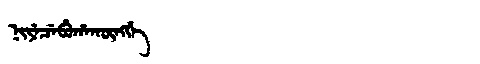
Manchu: ᠨᡳᠶᡝᠴᡝᠪᡠᡥᠠᡴᡡᠩᡤᡝ
Romanization: NIYECEBUHAKŪNGGE